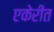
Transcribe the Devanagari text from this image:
एकेरीत